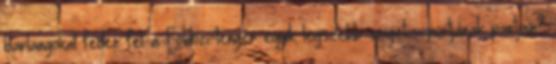
barlangokat fedez fel a Földözi-tenger egyik legszebb szigetcsoportjának partjain?